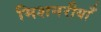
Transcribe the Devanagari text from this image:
मिशनरीयाँ